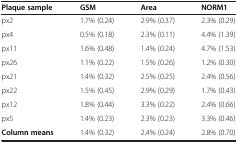
<table><thead><tr><td><b>Plaque sample</b></td><td><b>GSM</b></td><td><b>Area</b></td><td><b>NORM1</b></td></tr></thead><tbody><tr><td>px2</td><td>1.7% (0.24)</td><td>2.9% (0.37)</td><td>2.3% (0.29)</td></tr><tr><td>px4</td><td>0.5% (0.18)</td><td>2.3% (0.11)</td><td>4.4% (1.39)</td></tr><tr><td>px11</td><td>1.6% (0.48)</td><td>1.4% (0.24)</td><td>4.7% (1.53)</td></tr><tr><td>px26</td><td>1.1% (0.22)</td><td>1.5% (0.26)</td><td>1.2% (0.30)</td></tr><tr><td>px21</td><td>1.4% (0.32)</td><td>2.5% (0.25)</td><td>2.4% (0.56)</td></tr><tr><td>px22</td><td>1.5% (0.45)</td><td>2.9% (0.29)</td><td>1.7% (0.43)</td></tr><tr><td>px12</td><td>1.8% (0.44)</td><td>3.3% (0.22)</td><td>2.4% (0.66)</td></tr><tr><td>px5</td><td>1.4% (0.23)</td><td>2.3% (0.23)</td><td>3.3% (0.46)</td></tr><tr><td><b>Column means</b></td><td>1.4% (0.32)</td><td>2.4% (0.24)</td><td>2.8% (0.70)</td></tr></tbody></table>